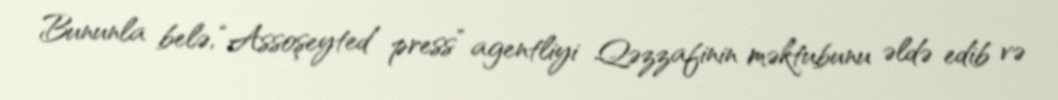
Bununla belə, “Assoşeyted press” agentliyi Qəzzafinin məktubunu əldə edib və